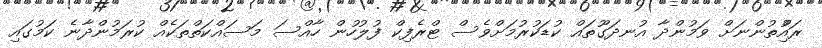
ރައްުިތުންނަށް ވަމުންދާ އުނދަގޫތައް ކުޑަކުރުމަށްވެސް ޓްރެފިކް ފުލުހުން ހާއްސަ މަސައްކަތްތަކެއް ކުރަމުންދާނެ ކަމުގައި